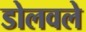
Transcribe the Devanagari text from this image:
डोलवले